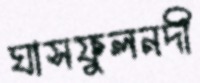
ঘাসফুলনদী